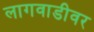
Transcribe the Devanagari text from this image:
लागवाडीवर